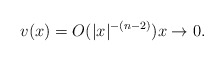
\begin{align*} v(x)=O(|x|^{-(n-2)}) x\to0. \end{align*}